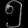
Digit: ၅